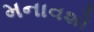
મનાવશો